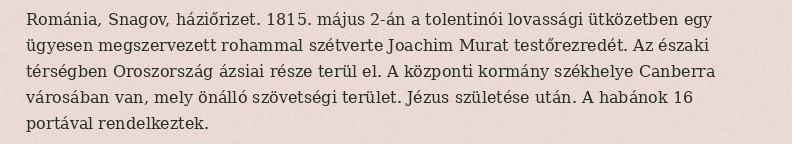
Románia, Snagov, háziőrizet. 1815. május 2-án a tolentinói lovassági ütközetben egy ügyesen megszervezett rohammal szétverte Joachim Murat testőrezredét. Az északi térségben Oroszország ázsiai része terül el. A központi kormány székhelye Canberra városában van, mely önálló szövetségi terület. Jézus születése után. A habánok 16 portával rendelkeztek.